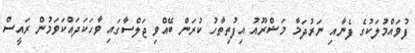
ފުވައްމުލަކުގެ ފެނާއި ނަރުދަމާ މަޝްރޫއު އިފުތިތާހު ކުރަން ބޭއްވި ޖަލްސާގައި ވާހަކަދައްކަވަމުން ރައީސް